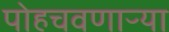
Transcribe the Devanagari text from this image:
पोहचवणाऱ्या